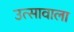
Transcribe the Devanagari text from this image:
उत्सावाला